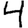
Digit: 4